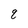
Character: g